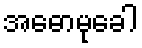
အဓောမုခေါ